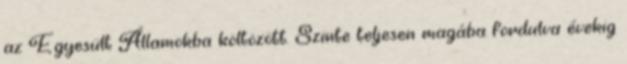
az Egyesült Államokba költözött. Szinte teljesen magába fordulva évekig